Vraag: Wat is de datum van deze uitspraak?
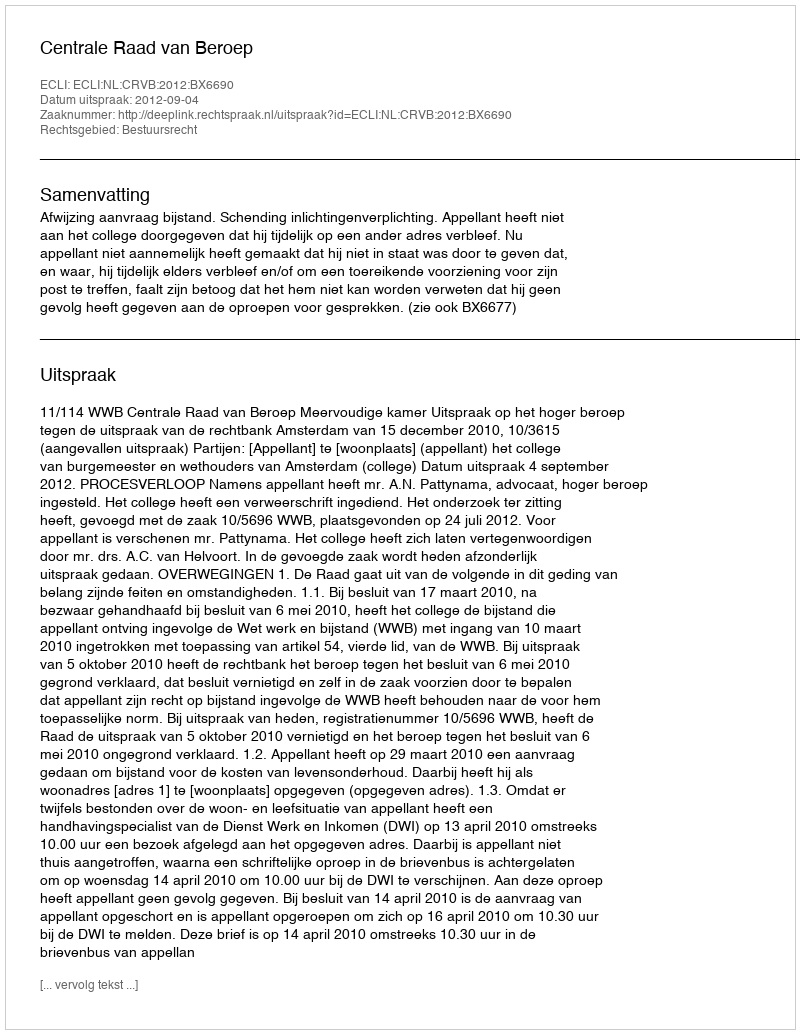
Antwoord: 2012-09-04